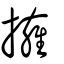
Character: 擁